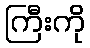
ကြီးကို